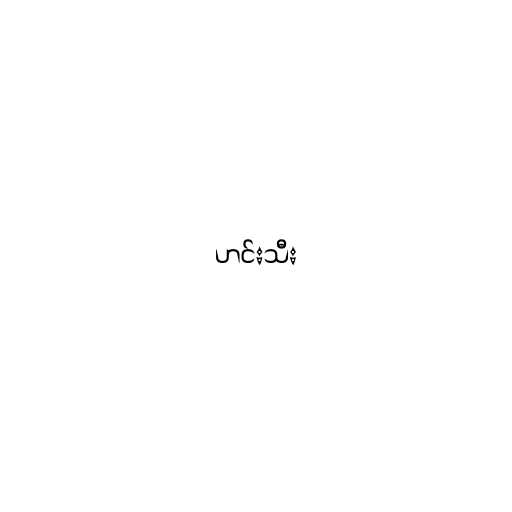
ဟင်းသီး